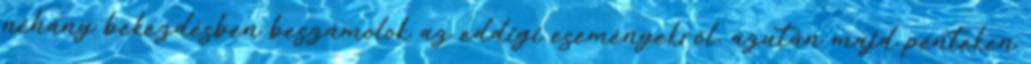
néhány bekezdésben beszámolok az eddigi eseményekről, azután majd pénteken